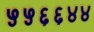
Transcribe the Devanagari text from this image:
५५६६४४